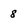
Character: 8